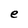
Character: e